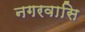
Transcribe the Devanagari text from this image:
नगरवासि